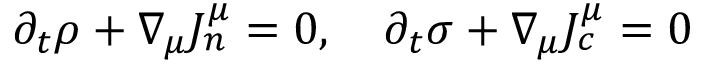
\begin{array} { r } { \partial _ { t } \rho + \nabla _ { \mu } J _ { n } ^ { \mu } = 0 , \quad \partial _ { t } \sigma + \nabla _ { \mu } J _ { c } ^ { \mu } = 0 } \end{array}